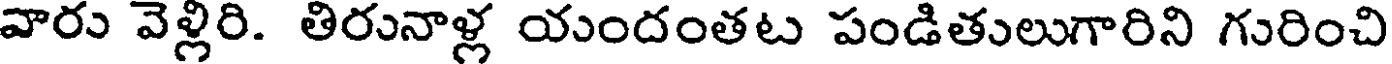
వారు వెళ్లిరి. తిరునాళ్ల యందంతట పండితులుగారిని గురించి